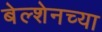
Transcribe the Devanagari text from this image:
बेल्शेनच्या